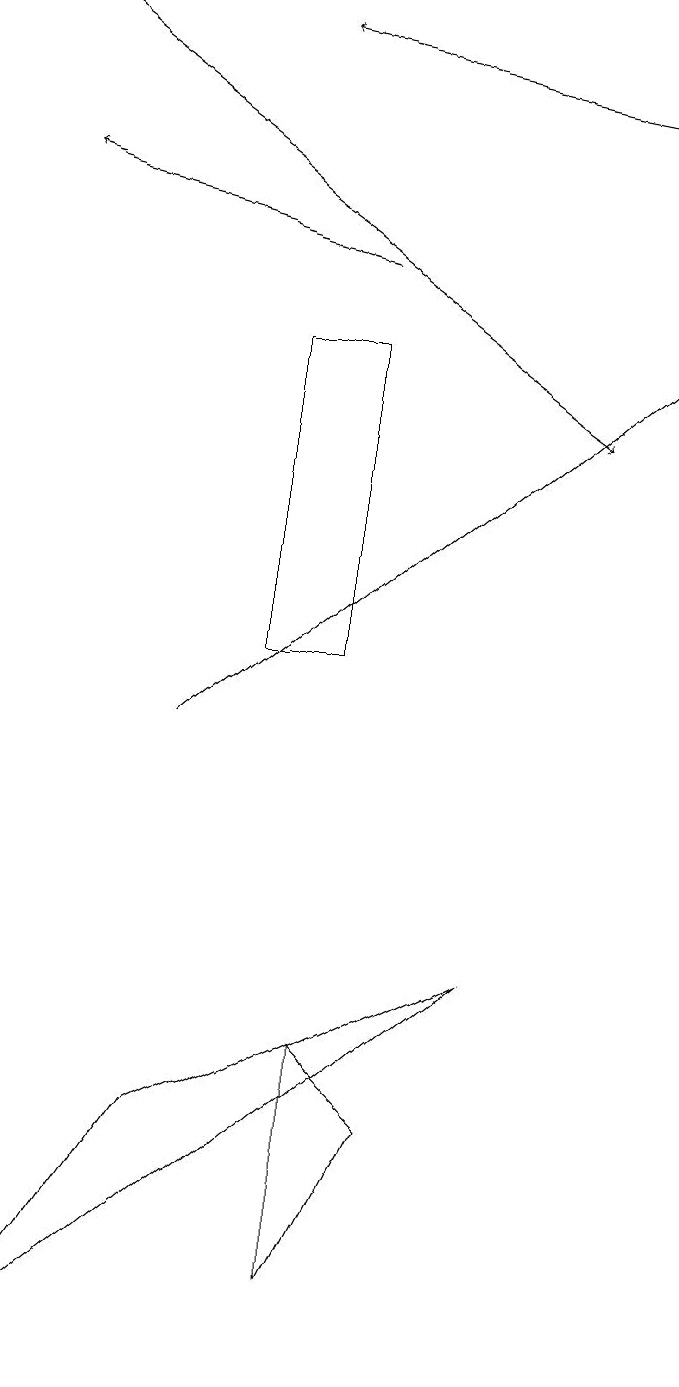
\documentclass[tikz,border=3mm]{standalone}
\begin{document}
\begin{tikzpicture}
\draw[->] (5,16) -- (1,17);
\draw[->] (1,19) -- (8,14);
\draw (5,3) -- (6,5) -- (5,6) -- cycle;
\draw (5,11) rectangle (4,15);
\draw[->] (3,10) -- (9,15);
\draw[->] (9,18) -- (4,19);
\draw (7,7) -- (3,5) -- (1,2) -- cycle;
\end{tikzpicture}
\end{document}